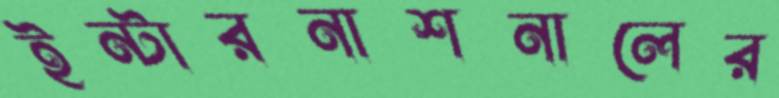
ইন্টারনাশনালের